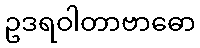
ဥဒရဝါတာဗာဓော